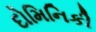
દોમિનિકી